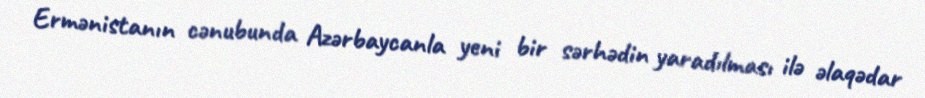
Ermənistanın cənubunda Azərbaycanla yeni bir sərhədin yaradılması ilə əlaqədar